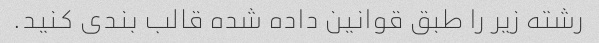
رشته زیر را طبق قوانین داده شده قالب بندی کنید.